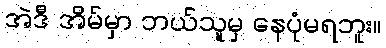
အဲဒီ အိမ်မှာ ဘယ်သူမှ နေပုံမရဘူး။